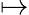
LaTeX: \mapsto